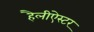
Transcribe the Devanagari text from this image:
हैलीऐस्टर